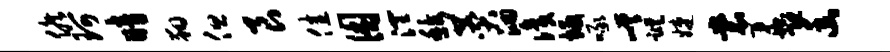
候珂暗翔但艮佳困润馥赞洄识坂啄嵯踪婕裳蠡恐幽